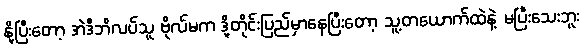
နို့ပြီးတော့ အဲဒီဘိလပ်သူ ဗိုလ်မက ဒို့တိုင်းပြည်မှာနေပြီးတော့ သူ့တယောက်ထဲနဲ့ မပြီးသေးဘူး